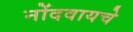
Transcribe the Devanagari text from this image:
नोंदवायचेे